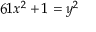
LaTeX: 6 1 x ^ { 2 } + 1 = y ^ { 2 }